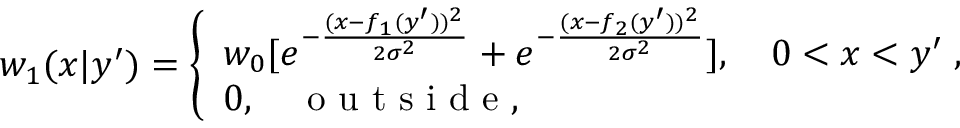
w _ { 1 } ( x | y ^ { \prime } ) = \left\{ \begin{array} { l } { { w _ { 0 } } [ e ^ { - { \frac { ( x - f _ { 1 } ( y ^ { \prime } ) ) ^ { 2 } } { 2 \sigma ^ { 2 } } } } + e ^ { - { \frac { ( x - f _ { 2 } ( y ^ { \prime } ) ) ^ { 2 } } { 2 \sigma ^ { 2 } } } } ] , \quad 0 < x < y ^ { \prime } \; , } \\ { 0 , \quad \mathrm { ~ o ~ u ~ t ~ s ~ i ~ d ~ e ~ , ~ } } \end{array} \right.